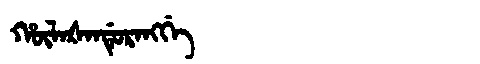
Manchu: ᡥᡡᠯᠠᡧᠠᠨᡩᡠᡵᠠᠩᡤᡝ
Romanization: HŪLAŠANDURANGGE